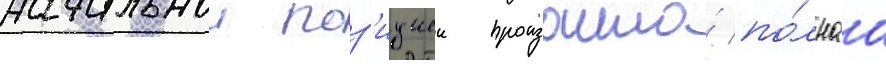
начальнои поз'ициеи произошла́ по́лнаа